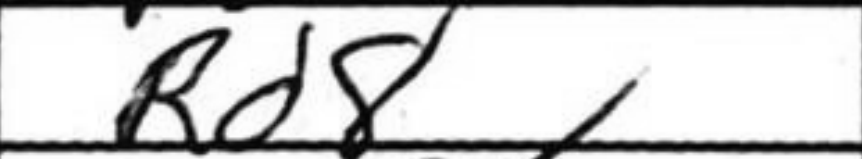
Transcription: Rd8